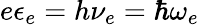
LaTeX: e\epsilon_{e}=h\nu_{e}=\hbar\omega_{e}